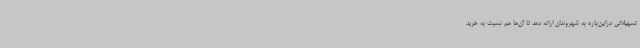
تسهیلاتی دراین‌باره به شهروندان ارائه دهد تا آن‌ها هم نسبت به خرید